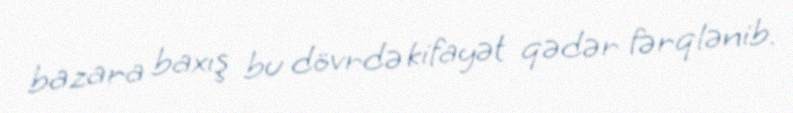
bazara baxış bu dövrdə kifayət qədər fərqlənib.